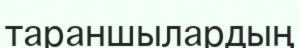
тараншылардың